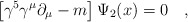
\begin{align*}\left [\gamma^5 \gamma^\mu \partial_\mu - m \right ]\Psi_2 (x) = 0\quad,\end{align*}